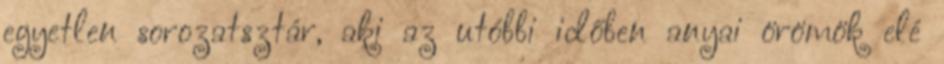
egyetlen sorozatsztár, aki az utóbbi időben anyai örömök elé